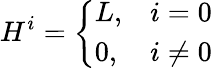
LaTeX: H^{i}=\left\{ \begin{array}{ll}{{L,}}&{{i=0}}\\ {{0,}}&{{i\neq 0}}\end{array}\right.